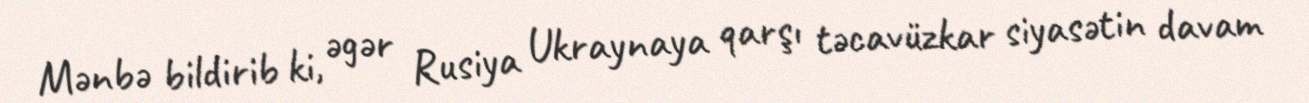
Mənbə bildirib ki, əgər Rusiya Ukraynaya qarşı təcavüzkar siyasətin davam